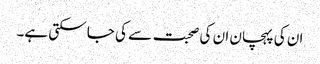
ان کی پہچان ان کی صحبت سے کی جا سکتی ہے۔